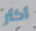
أكثر